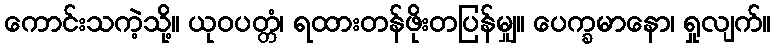
ကောင်းသကဲ့သို့။ ယုဝပတ္တံ၊ ရထားတန်ဖိုးတပြန်မျှ။ ပေက္ခမာနော၊ ရှုလျက်။